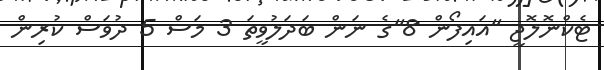
ޓެކްނޮލޮޖީ ''އައިފޯން 8''ގެ ނަން ބަދަލުވީތަ 3 މަސް 5 ދުވަސް ކުރިން